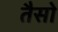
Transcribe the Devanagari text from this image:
तैसो